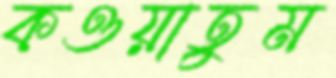
কওয়াতুম